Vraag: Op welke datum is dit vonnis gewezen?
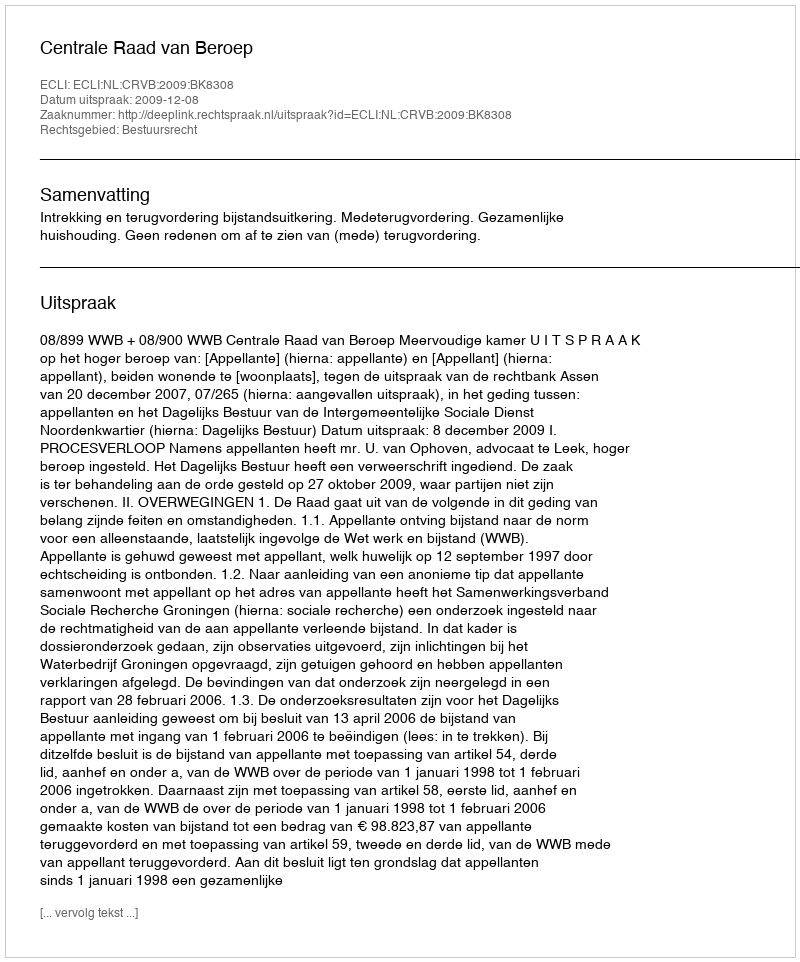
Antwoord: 2009-12-08